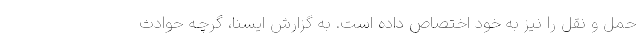
حمل و نقل را نیز به خود اختصاص داده است. به گزارش ایسنا، گرچه حوادث